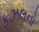
ફઝલનો